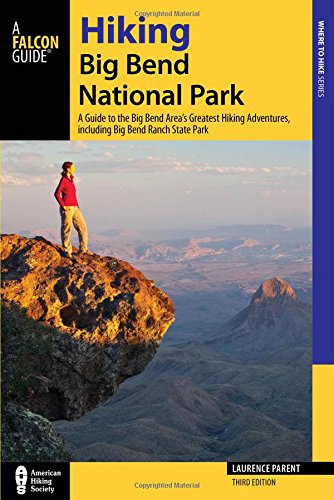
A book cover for Hiking Big Bend National Park: A Guide to the Big Bend Area's Greatest Hiking Adventures, including Big Bend Ranch State Park (Regional Hiking Series); Laurence Parent; Sports & Outdoors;